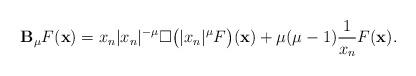
LaTeX: \begin{align*} \mathbf B_\mu F(\mathbf x) = x_n \vert x_n\vert^{-\mu} \square \big(\vert x_n\vert^\mu F\big)(\mathbf x) +\mu(\mu-1) \frac{1}{x_n} F(\mathbf x).\end{align*}